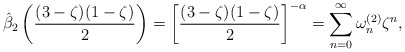
\begin{align*} \hat{\beta}_2\left( \frac{(3-\zeta)(1-\zeta)}{2} \right) = \left[ \frac{(3-\zeta)(1-\zeta)}{2} \right]^{-\alpha} = \sum\limits_{n=0}^{\infty} \omega_{n}^{(2)}\zeta^{n}, \end{align*}